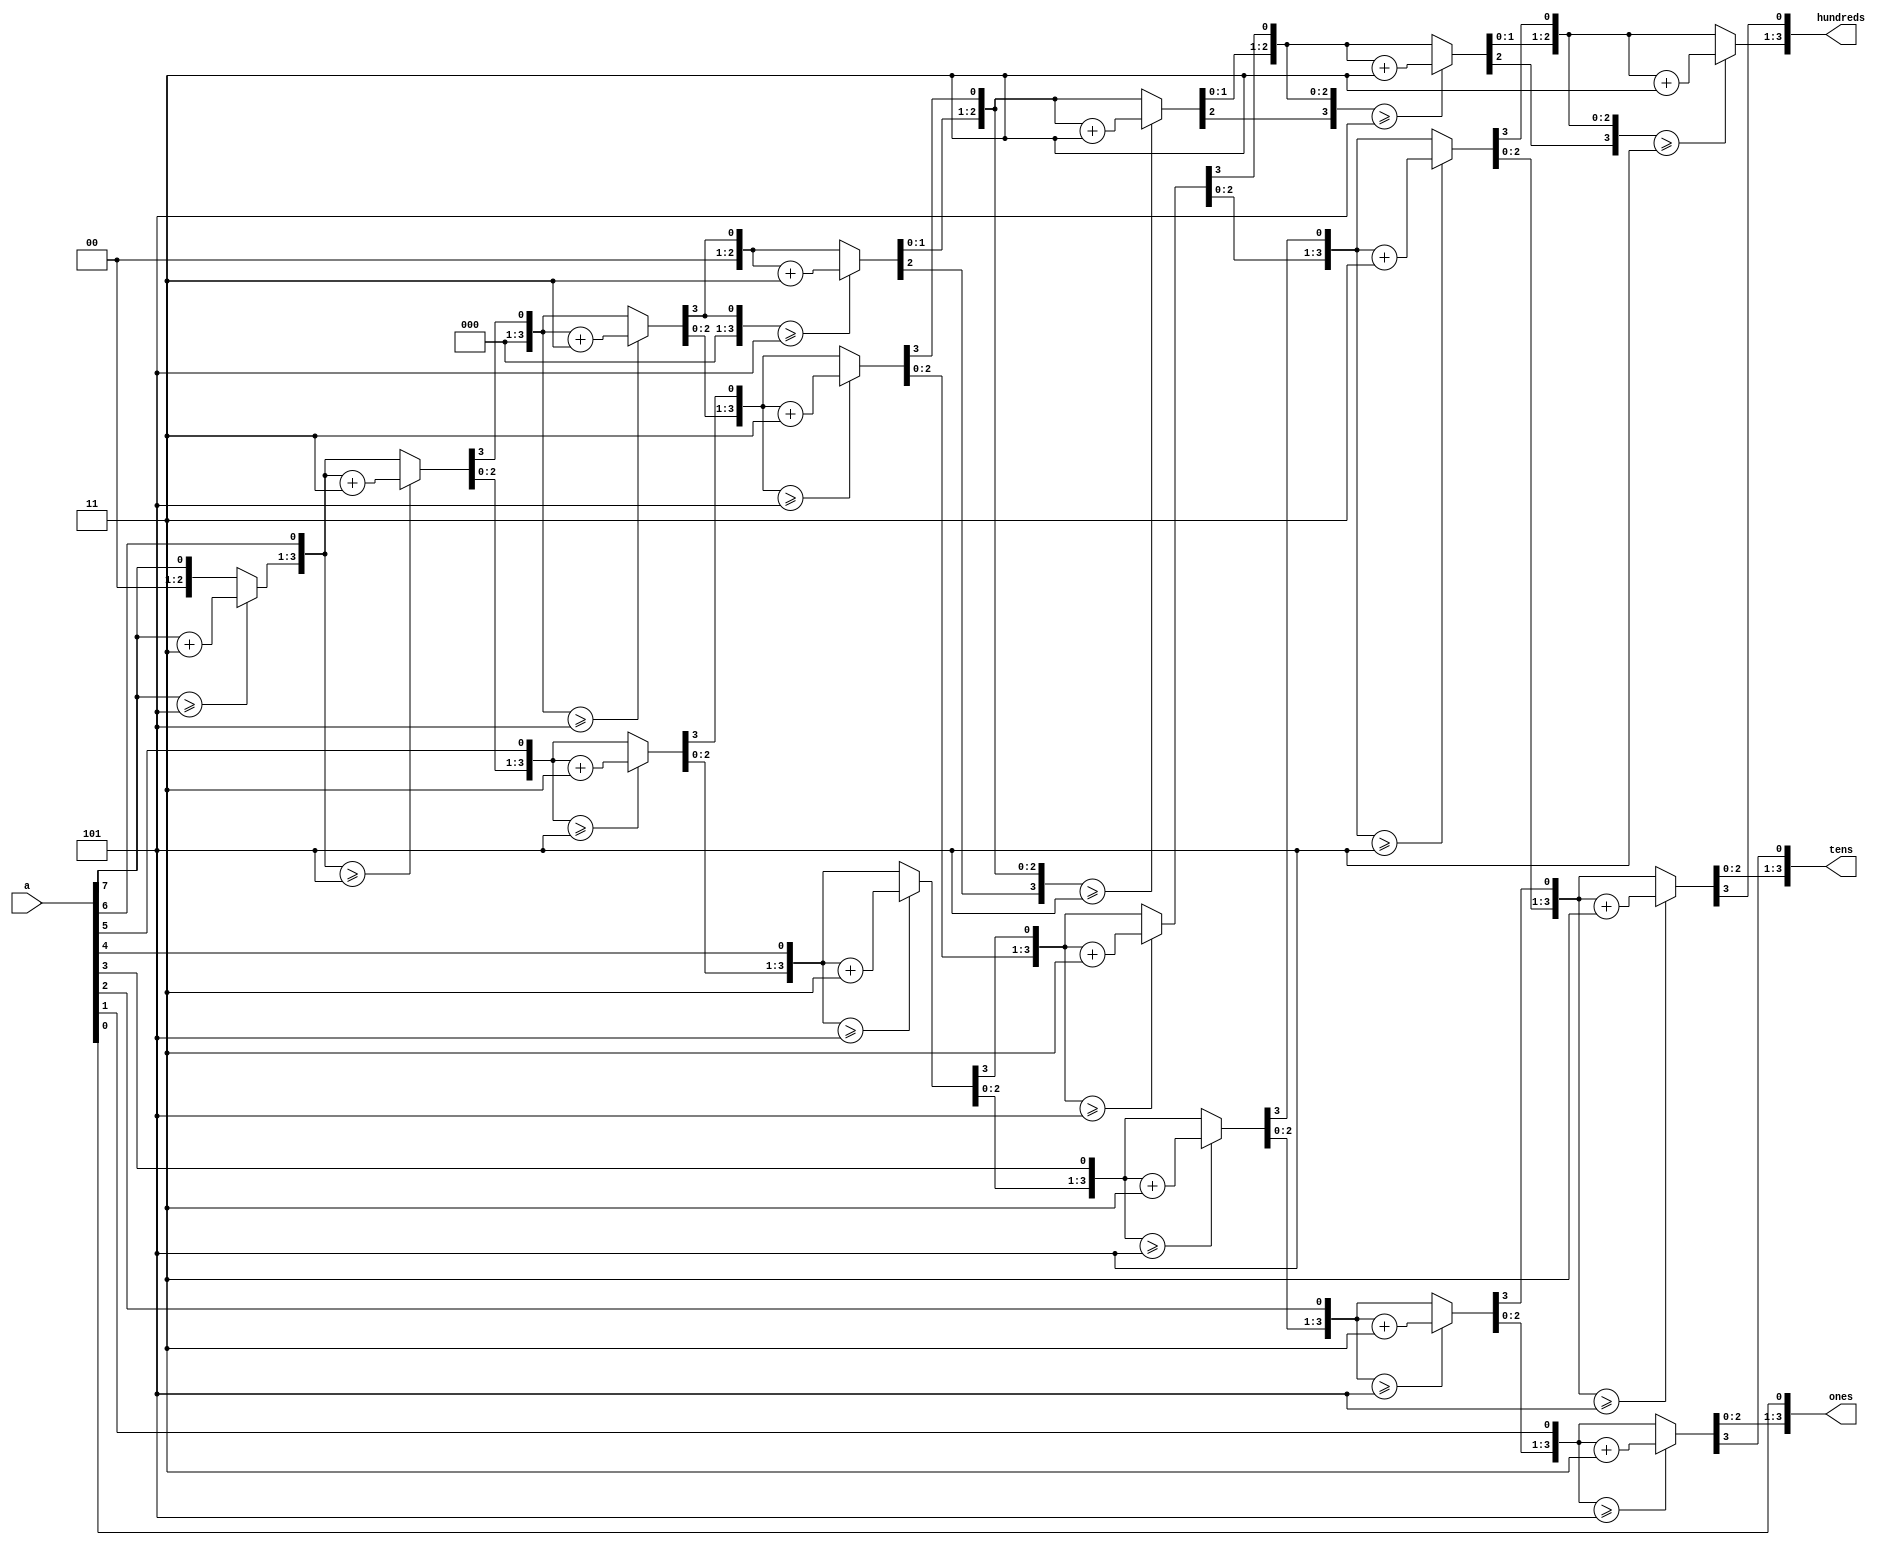
module bcd(input [7:0]a,
output reg [3:0] ones,
output reg [3:0] tens,
output reg[3:0] hundreds
);

integer i;
always@(a)
begin
 ones=4'b0000;
 tens=4'b0000;
  hundreds=4'b0000;

for(i=7;i>=0;i=i-1)
begin
if(hundreds>=4'b0101)
begin
hundreds=hundreds+4'b0011;
end
if(tens>=4'b0101)
begin
tens=tens+4'b0011;
end
if(ones>=4'b0101)
begin
ones=ones+4'b0011;
end
hundreds=hundreds<<1;
hundreds[0]=tens[3];
tens=tens<<1;
tens[0]=ones[3];
ones=ones<<1;
ones[0]=a[i];
end
end
endmodule